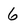
Character: 6